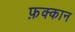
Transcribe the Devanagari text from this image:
फ़क्कान